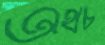
অথচ